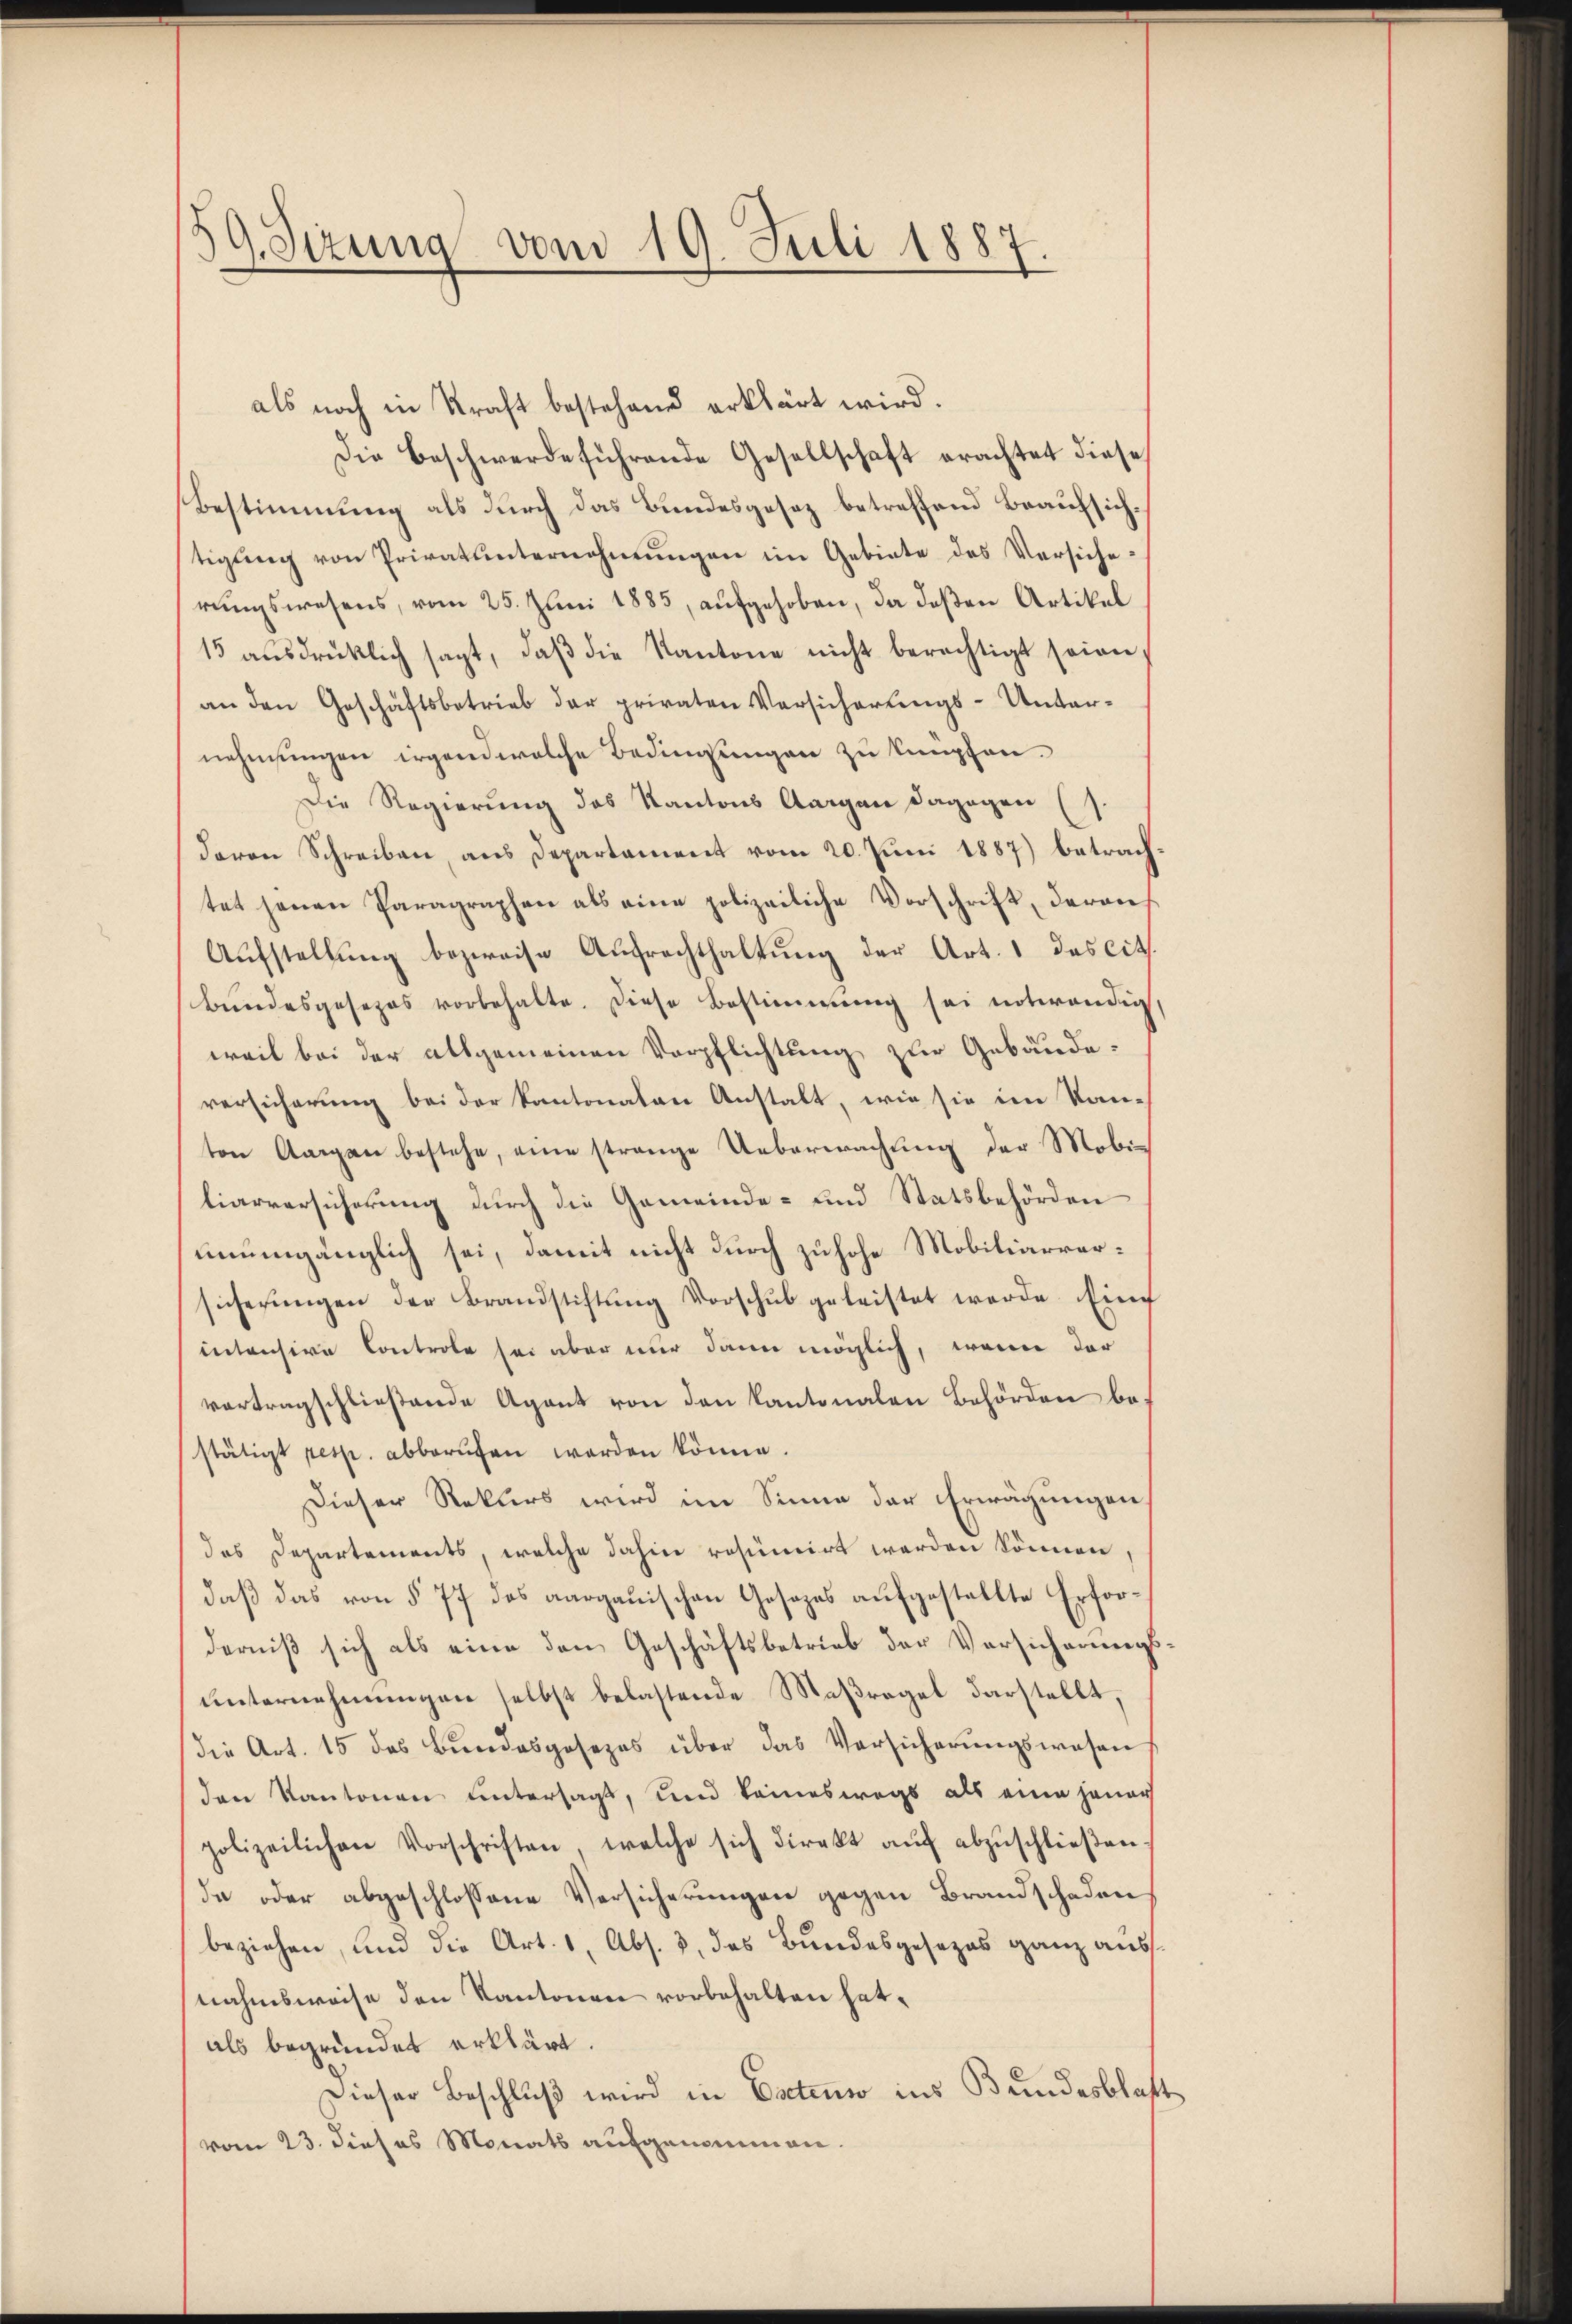
59. Sizung vom 19. Juli 1887

als noch in Kraft bestehend erklärt wird.
Die Beschwerde führende Gesellschaft erachtet diese
Bestimmung als durch das Bundesgesez betreffend Beaufsichtigung von Privatunternehmungen im Gebiete des Versicherungswesens, vom 25. Juni 1885, aufgehoben, da deßen Artikel
15 aŭsdrüklich sagt, daβ die Kantone nicht berechtigt seien,
an den Geschäftsbetrieb der privaten Versicherŭngs-Unter-
nehmungen irgend welche Bedingsungen zu knüpfen.
Die Regierung des Kantons Aargau dagegen (s.
davon Schreiben, aus Departament vom 20. Juni 1887) betrachtet jenen Paragraphen als eine polizeiliche Vorschrift, deran
Aŭfstellŭng bezweise Aufrechthaltŭng der Art. 1 des cit.
bŭndesgesezes vorbehalte. Diese Bestimmung sei notwendig,
weil bei der allgemeinen Verpflichtung zur Gebäude.
versicherung bei der Kantonalen Anstalt, wie sie im Kan-
ton Aargau bestehe, eine strange Ueberwachung der Mobiliarversicherung durch die Gemeinde- und Statsbehörden
unumgänglich sei, damit nicht durch zuhohe Mobiliarversicherungen der Brandstiftung Vorschub geleistet werde. Eine
intensive Controle sei aber nur dann möglich, wenn der
vortragschließende Agent von den Kantonalen Behörden bestätigt resp. abberŭfen worden könne.
Dieser Rekurs wird im Sinne der Erwägungen,
das Departements, welche dahin resumirt werden können,
daß das von § 77 des aargauischen Gesezes aufgestellte Erforderniß sich als eine den Geschäftsbetrieb der Versicherungsunternehmungen selbst belastende Maßregel darstellt,
die Art. 15 des Bundesgesezes über das Versicherŭngswesen
den Kantonen untersagt, und keineswegs als eine jener
polizeilichen Vorschriften welche sich direkt aŭf abzŭschlieβen.
da oder abgeschlossene Versicherungen gegen Brandschaden
beziehen, und die Art. 1, Abs. 3. das Bundesgesezes ganz ausnahmsweise den Kantonen vorbehalten hat.
als begründet erklärt.
Dieser Beschluß wird in Coctens ins Bundesblatt
vom 23. dieses Monats aufgenommen.